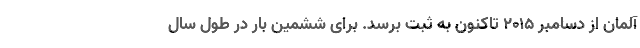
آلمان از دسامبر ۲۰۱۵ تاکنون به ثبت برسد. برای ششمین بار در طول سال